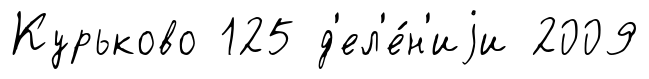
Курьково 125 д'ел'е́н'иjи 2009